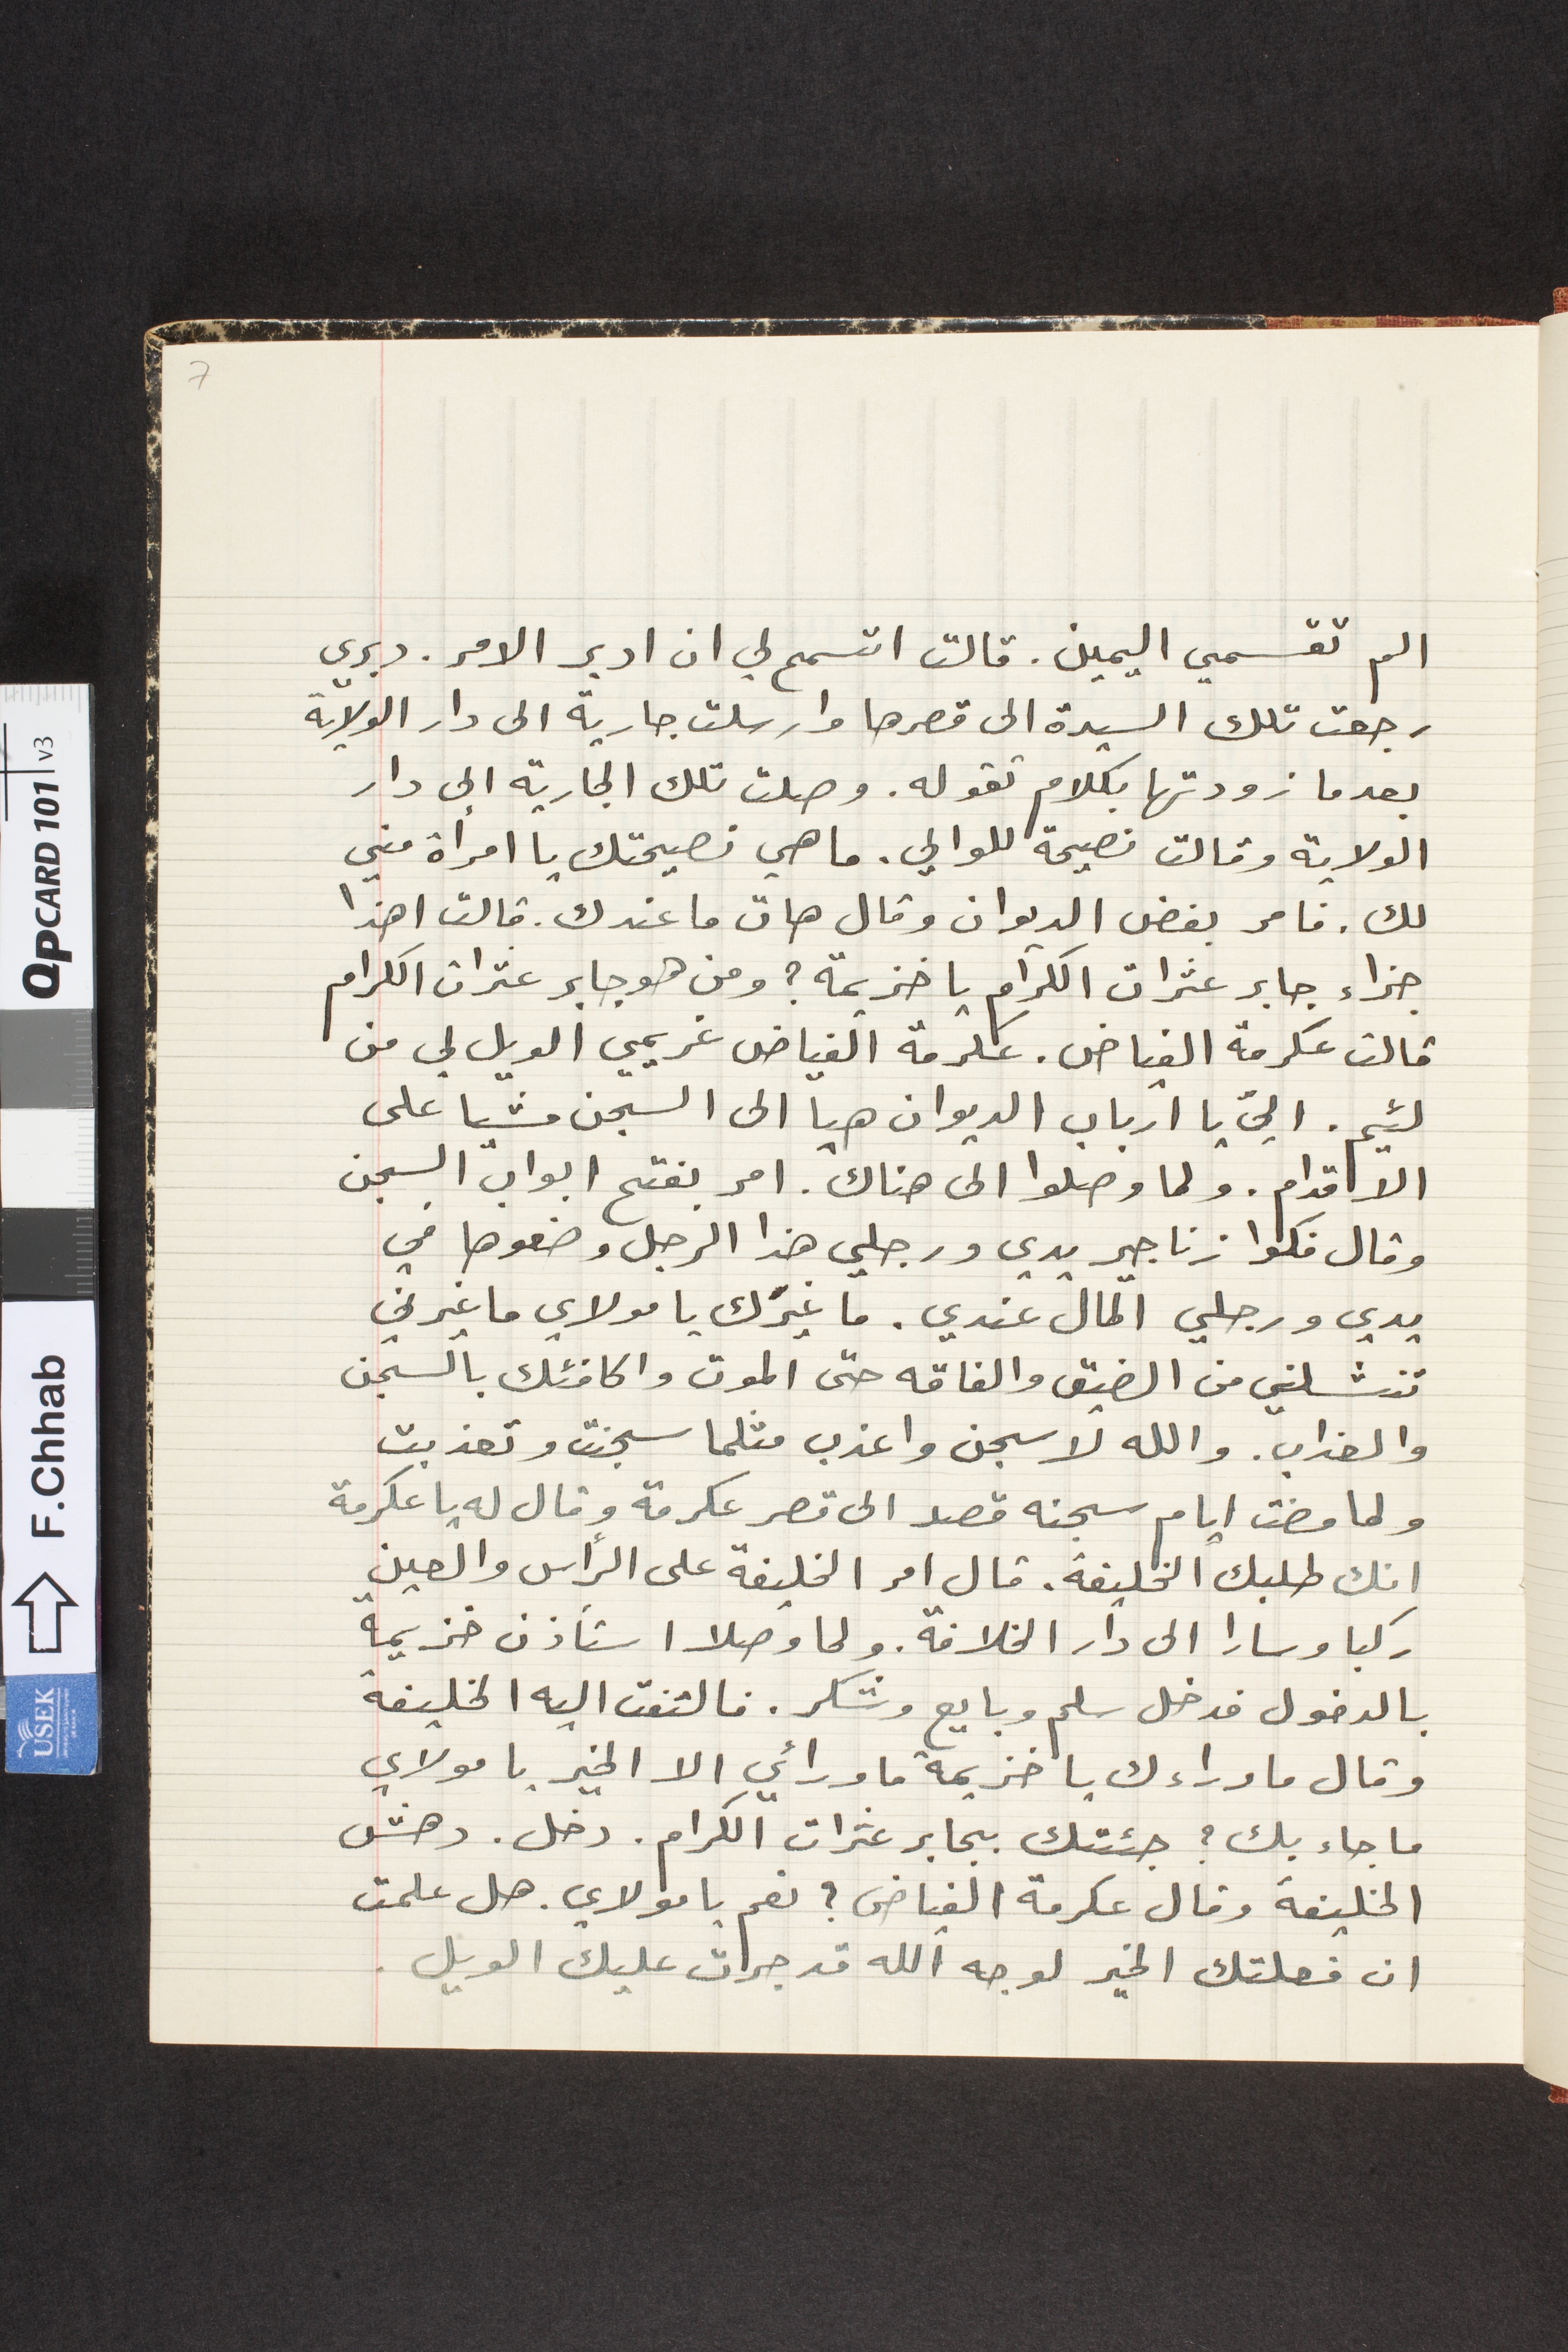
الم تقسمين اليمين. قالت اتسمح لي ان ادبر الامر. دبري
رجعت تلك السيدة الى قصرها وارسلت جارية الى دار الولاية
بعدما زودتها بكلام تقول. وصلت تلك الجارية الى دار
الولاية وقالت نصيحة للوالي. ما هي نصيحتك يا امرأة مني
لك. فامر بفض الديوان وقال هات ما عندك. قالت اهذا
جزاء جابر عثرات الكرام يا خزيمة؟ ومن هو جابر عثرات الكرام
قالت عكرمة الفياض. عكرمة الفياض غريمي الويل لي من
لئيم. اليّ يا ارباب الديوان هيا الى السجن مشيا على
الاقدام. ولما وصلوا الى هناك. امر بفتح ابواب السجن
وقال فكوا زناجير يدي ورجلي هذا الرجل وضعوها في
يدي ورجلي المال عندي. ما غيرَك يا مولاي ما غيرني
تنشلني من الضيق والفاقه حتى الموت واكافئك بالسجن
والعذاب. والله لاسجن واعذب مثلما سجنت وتعذبت
ولما مضت ايام سجنه قصد الى قصر عكرمة وقال له يا عكرمة
انك طلبك الخليفة. قال امر الخليفة على الرأس والعين
ركبا وسارا الى دار الخلافة. ولما وصلا استأذن خزيمة
بالدخول فدخل سلم وبايع وشكر. فالتفت اليه الخليفة
وقال ما وراءك يا خزيمة ما ورائي الا الخير يا مولاي
ما جاء بك؟ جئتك بجابر عثرات الكرام. دخل. دهش
الخليفةوقال عكرمة الفياض؟ نعم يا مولاي. هل علمت
ان فعلتك الخير لوجه الله قد جرت عليك الويل.